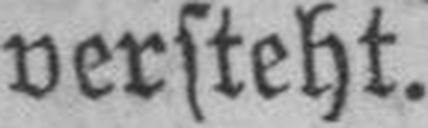
versteht.